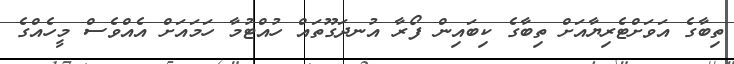
ތިބާގެ އަވަށްޓެރިޔާއަށް ތިބާގެ ކިބައިން ފޯރާ އުނދަގޫތައް ހުއްޓުމާ ހަމައަށް އެއްވެސް މީހެއްގެ